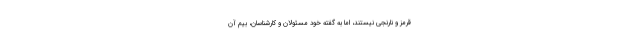
قرمز و نارنجی نیستند، اما به گفته خود مسئولان و کارشناسان، بیم آن